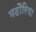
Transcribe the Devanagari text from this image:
मदौरिया